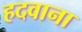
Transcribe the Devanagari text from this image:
हदवाना